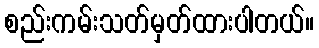
စည်းကမ်းသတ်မှတ်ထားပါတယ်။